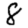
Digit: 8